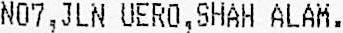
NO7,JLN UERO,SHAH ALAM.